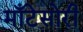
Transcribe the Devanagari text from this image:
माँटेसोरी